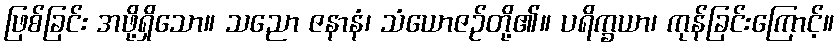
ဖြစ်ခြင်း အဖို့ရှိသော။ သညော ဇနာနံ၊ သံယောဇဉ်တို့၏။ ပရိက္ခယာ၊ ကုန်ခြင်းကြောင့်။